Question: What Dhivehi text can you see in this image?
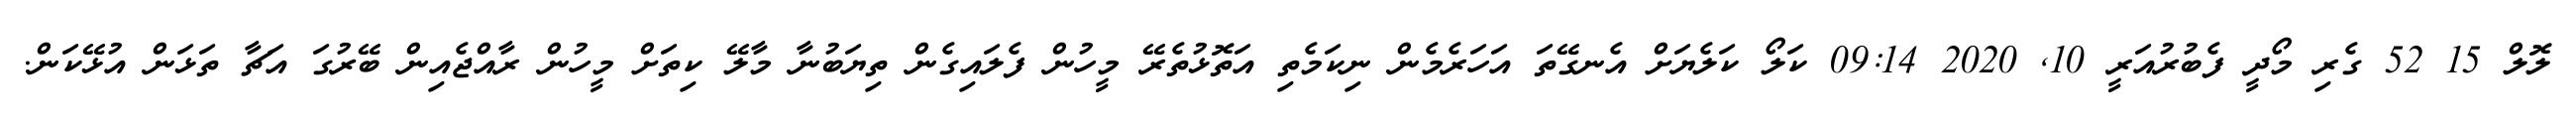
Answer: ލޮލް 15 52 ގެރި މޯދީ ފެބުރުއަރީ 10, 2020 09:14 ކަލޯ ކަލެޔަށް އެނގޭތަ އަހަރެމެން ނިކަމެތި އަތޮޅުތެރޭ މީހުން ފެލައިގެން ތިޔަބުނާ މާލޭ ކިތަށް މީހުން ރާއްޖެއިން ބޭރުގަ އަޗާ ތަޅަން އުޅޭކަން.